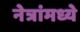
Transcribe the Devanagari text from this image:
नेत्रांमध्ये